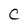
Character: c